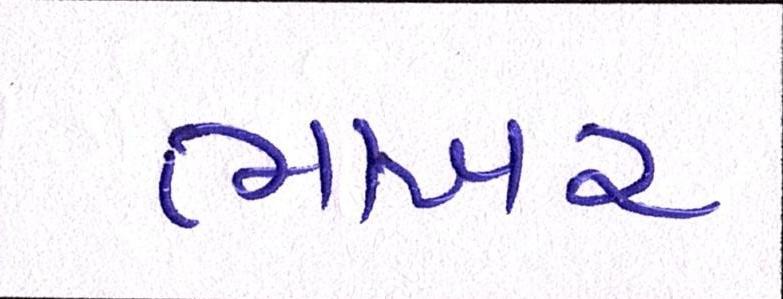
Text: ભાખર